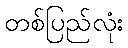
တစ်ပြည်လုံး